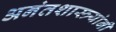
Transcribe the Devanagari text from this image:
अनंतशास्त्र्यांनी